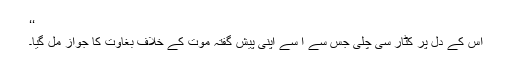
‘‘
اس کے دل پر کٹار سی چلی جس سے ا سے اپنی پیش گفتہ موت کے خلاف بغاوت کا جواز مل گیا۔